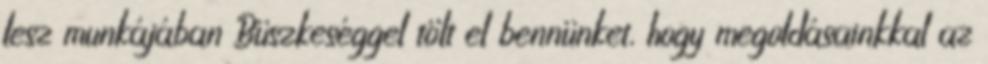
lesz munkájában Büszkeséggel tölt el bennünket, hogy megoldásainkkal az